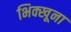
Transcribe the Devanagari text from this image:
भिक्खूना